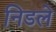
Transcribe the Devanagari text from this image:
निडले